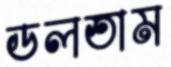
ডলতাম